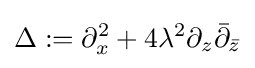
\Delta :=\partial _{x}^{2}+4\lambda ^{2}\partial _{z}{\bar {\partial }}_{\bar {z}}